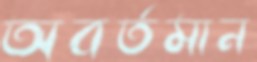
অবর্তমান